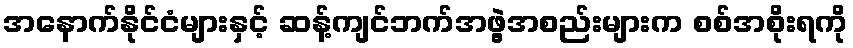
အနောက်နိုင်ငံများနှင့် ဆန့်ကျင်ဘက်အဖွဲ့အစည်းများက စစ်အစိုးရကို